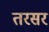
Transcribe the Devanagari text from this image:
तरसर